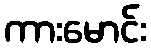
ကားမောင်း